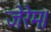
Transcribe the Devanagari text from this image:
जेरेम।